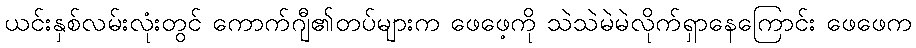
ယင်းနှစ်လမ်းလုံးတွင် ကောက်ဂျီ၏တပ်များက ဖေဖေ့ကို သဲသဲမဲမဲလိုက်ရှာနေကြောင်း ဖေဖေက